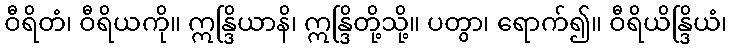
ဝီရိတံ၊ ဝီရိယကို။ ဣန္ဒြိယာနိ၊ ဣန္ဒြိတို့သို့။ ပတွာ၊ ရောက်၍။ ဝီရိယိန္ဒြိယံ၊